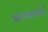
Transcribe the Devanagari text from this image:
ऋणायनों